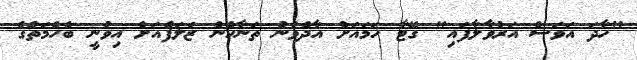
"ހާދަ އަވަސް އަރުވާލާފައި" ގޭޓާ ހަމައަށް އާދެވުނު ތަނާހެން ޒަލަފްއަށް އިވުނީ ބެހެމަތްގެ